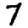
Digit: 7